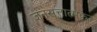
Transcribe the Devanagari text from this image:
जनसत्तात्मक